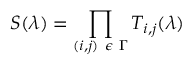
S ( \lambda ) = \prod _ { ( i , j ) \ \epsilon \ \Gamma } T _ { i , j } ( \lambda )